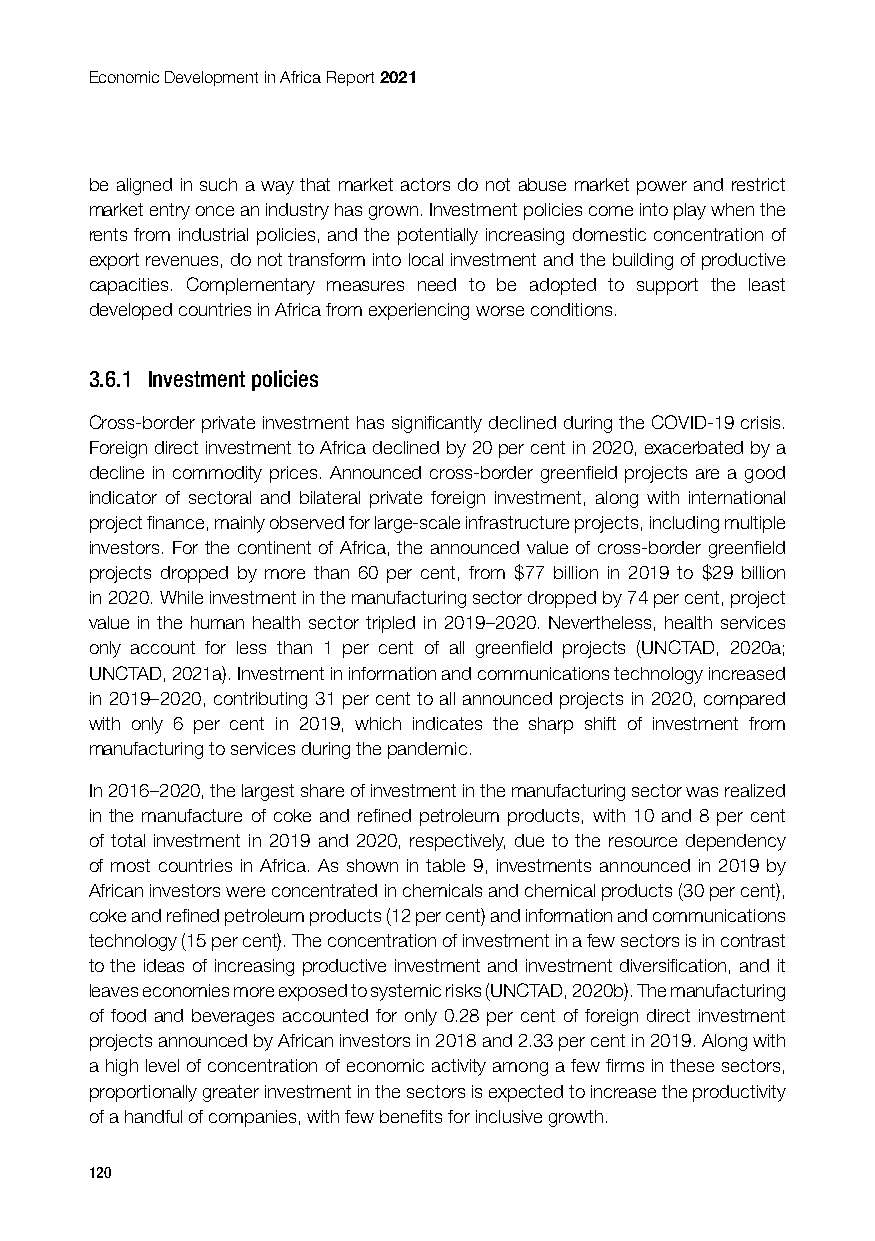
Economic Development in Africa Report 2021
 be aligned in such a way that market actors do not abuse market power and restrict
 market entry once an industry has grown. Investment policies come into play when the
 rents from industrial policies, and the potentially increasing domestic concentration of
 export revenues, do not transform into local investment and the building of productive
 capacities. Complementary measures need to be adopted to support the least
 developed countries in Africa from experiencing worse conditions.
 3.6.1 Investment policies
 Cross-border private investment has significantly declined during the COVID-19 crisis.
 Foreign direct investment to Africa declined by 20 per cent in 2020, exacerbated by a
 decline in commodity prices. Announced cross-border greenfield projects are a good
 indicator of sectoral and bilateral private foreign investment, along with international
 project finance, mainly observed for large-scale infrastructure projects, including multiple
 investors. For the continent of Africa, the announced value of cross-border greenfield
 projects dropped by more than 60 per cent, from $77 billion in 2019 to $29 billion
 in 2020. While investment in the manufacturing sector dropped by 74 per cent, project
 value in the human health sector tripled in 2019–2020. Nevertheless, health services
 only account for less than 1 per cent of all greenfield projects (UNCTAD, 2020a;
 UNCTAD, 2021a). Investment in information and communications technology increased
 in 2019–2020, contributing 31 per cent to all announced projects in 2020, compared
 with only 6 per cent in 2019, which indicates the sharp shift of investment from
 manufacturing to services during the pandemic.
 In 2016–2020, the largest share of investment in the manufacturing sector was realized
 in the manufacture of coke and refined petroleum products, with 10 and 8 per cent
 of total investment in 2019 and 2020, respectively, due to the resource dependency
 of most countries in Africa. As shown in table 9, investments announced in 2019 by
 African investors were concentrated in chemicals and chemical products (30 per cent),
 coke and refined petroleum products (12 per cent) and information and communications
 technology (15 per cent). The concentration of investment in a few sectors is in contrast
 to the ideas of increasing productive investment and investment diversification, and it
 leaves economies more exposed to systemic risks (UNCTAD, 2020b). The manufacturing
 of food and beverages accounted for only 0.28 per cent of foreign direct investment
 projects announced by African investors in 2018 and 2.33 per cent in 2019. Along with
 a high level of concentration of economic activity among a few firms in these sectors,
 proportionally greater investment in the sectors is expected to increase the productivity
 of a handful of companies, with few benefits for inclusive growth.
 120